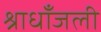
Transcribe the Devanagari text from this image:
श्राधाँजली